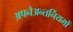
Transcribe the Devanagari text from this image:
अपनेअन्तर्नियमों